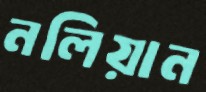
নলিয়ান